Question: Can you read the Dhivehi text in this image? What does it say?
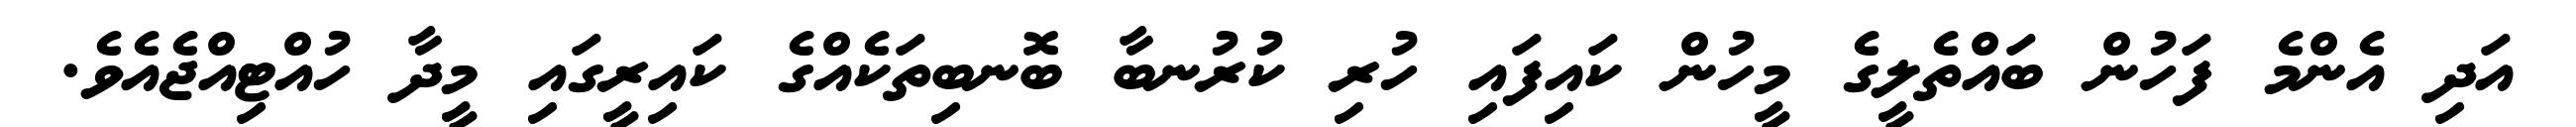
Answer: އަދި އެންމެ ފަހުން ބައްތެލީގެ މީހުން ކައިފައި ހުރި ކުރުނބާ ބޮނބިތަކެއްގެ ކައިރީގައި މީދާ ހުއްޓިއްޖެއެވެ.